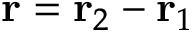
{ \bf r } = { \bf r } _ { 2 } - { \bf r } _ { 1 }